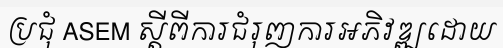
ប្រជុំ ASEM ស្តីពីការជំរុញការអភិវឌ្ឍដោយ